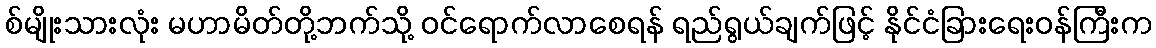
စ်မျိုးသားလုံး မဟာမိတ်တို့ဘက်သို့ ဝင်ရောက်လာစေရန် ရည်ရွယ်ချက်ဖြင့် နိုင်ငံခြားရေးဝန်ကြီးက